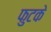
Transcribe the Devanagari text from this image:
फुटके